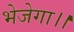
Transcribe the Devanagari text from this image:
भेजेगा।।